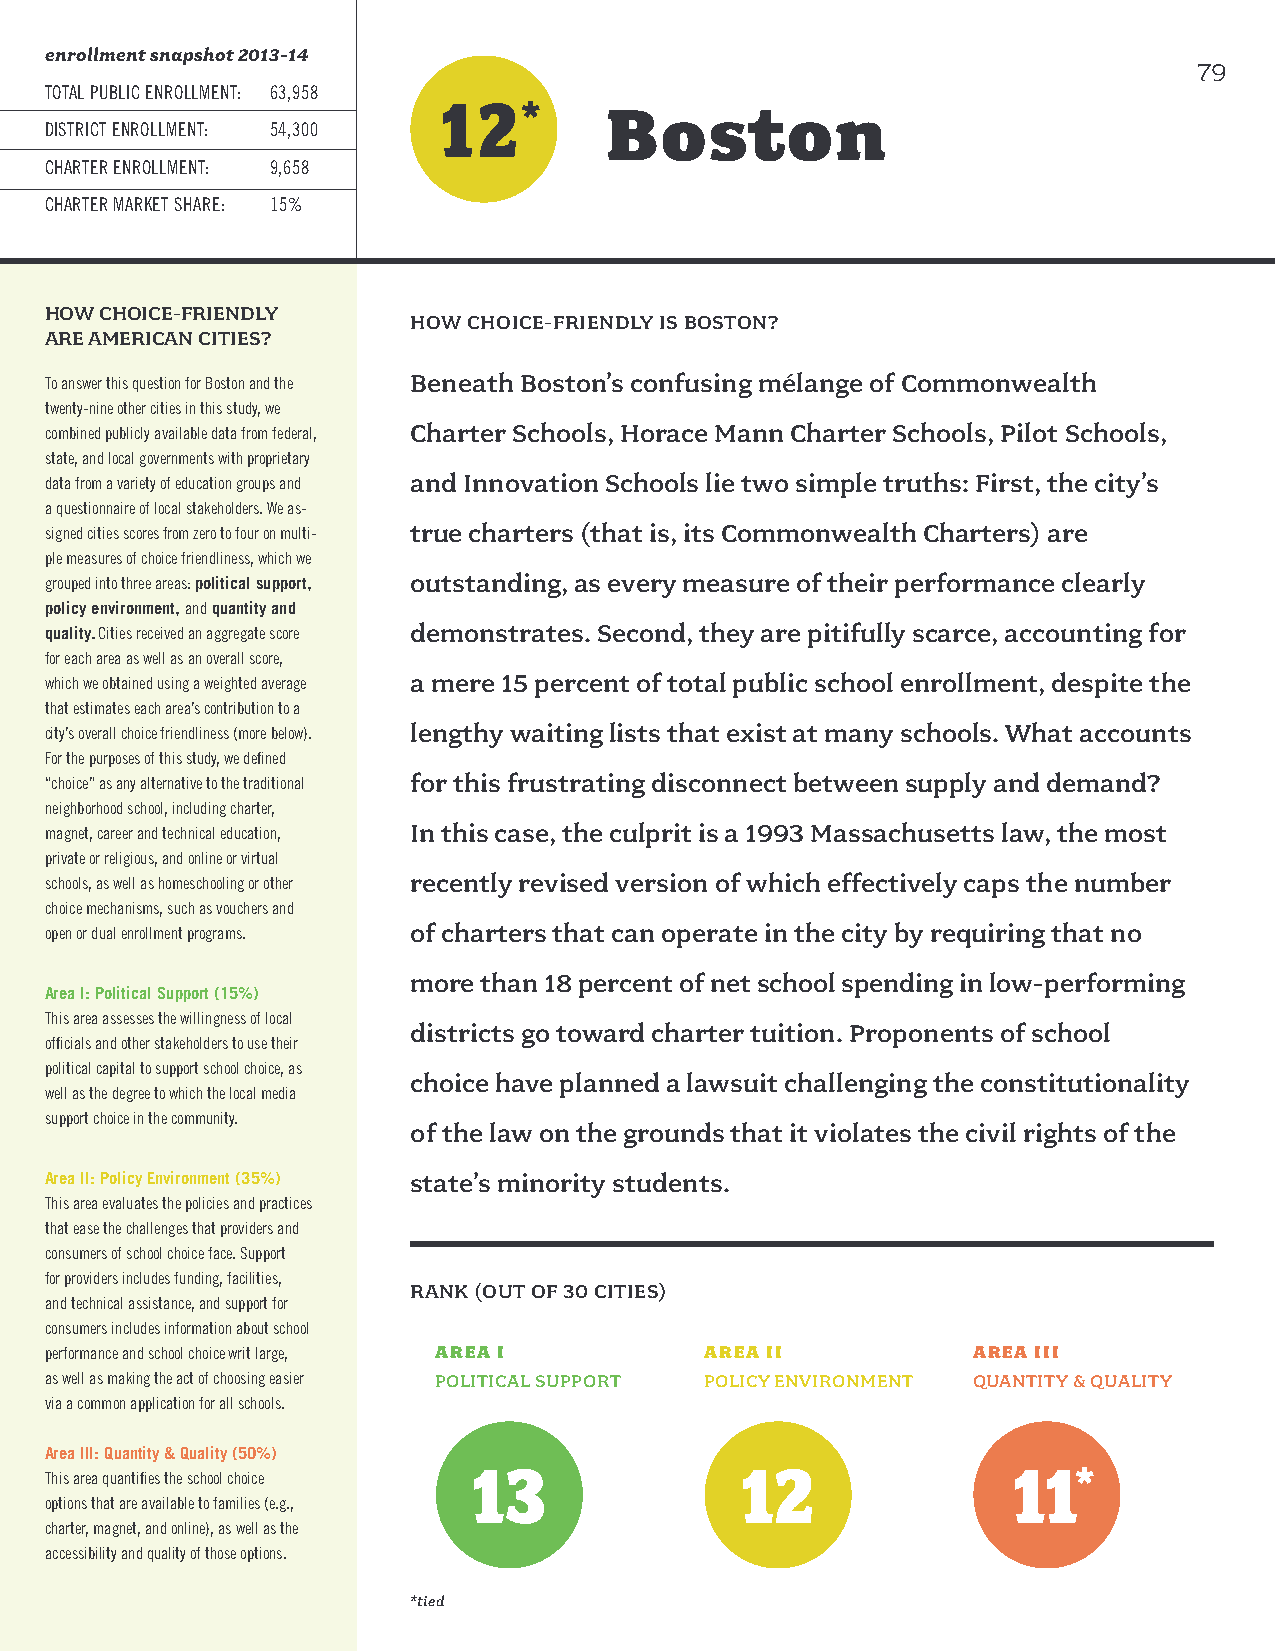
enrollment snapshot 2013-14
 79
 TOTAL PUBLIC ENROLLMENT: 63,958
 12
 *    Boston
 DISTRICT ENROLLMENT: 54,300
 CHARTER ENROLLMENT: 9,658
 CHARTER MARKET SHARE: 15%
 HOW CHOICE-FRIENDLY
 HOW CHOICE-FRIENDLY IS BOSTON?
 ARE AMERICAN CITIES?
 To answer this question for Boston and the Beneath Boston’s confusing mélange of Commonwealth
 twenty-nine other cities in this study, we
 combined publicly available data from federal, Charter Schools, Horace Mann Charter Schools, Pilot Schools,
 state, and local governments with proprietary
 data from a variety of education groups and and Innovation Schools lie two simple truths: First, the city’s
 a questionnaire of local stakeholders. We as-
 signed cities scores from zero to four on multi- true charters (that is, its Commonwealth Charters) are
 ple measures of choice friendliness, which we
 grouped into three areas: political support, outstanding, as every measure of their performance clearly
 policy environment, and quantity and
 quality. Cities received an aggregate score demonstrates. Second, they are pitifully scarce, accounting for
 for each area as well as an overall score,
 which we obtained using a weighted average a mere 15 percent of total public school enrollment, despite the
 that estimates each area’s contribution to a
 city’s overall choice friendliness (more below). lengthy waiting lists that exist at many schools. What accounts
 For the purposes of this study, we defined
 “choice” as any alternative to the traditional for this frustrating disconnect between supply and demand?
 neighborhood school, including charter,
 magnet, career and technical education, In this case, the culprit is a 1993 Massachusetts law, the most
 private or religious, and online or virtual
 schools, as well as homeschooling or other recently revised version of which effectively caps the number
 choice mechanisms, such as vouchers and
 open or dual enrollment programs. of charters that can operate in the city by requiring that no
 more than 18 percent of net school spending in low-performing
 Area I: Political Support (15%)
 This area assesses the willingness of local
 districts go toward charter tuition. Proponents of school
 officials and other stakeholders to use their
 political capital to support school choice, as
 choice have planned a lawsuit challenging the constitutionality
 well as the degree to which the local media
 support choice in the community.
 of the law on the grounds that it violates the civil rights of the
 Area II: Policy Environment (35%) state’s minority students.
 This area evaluates the policies and practices
 that ease the challenges that providers and
 consumers of school choice face. Support
 for providers includes funding, facilities,
 RANK (OUT OF 30 CITIES)
 and technical assistance, and support for
 consumers includes information about school
 performance and school choice writ large, AREA I AREA II     AREA III
 as well as making the act of choosing easier POLITICAL SUPPORT POLICY ENVIRONMENT QUANTITY & QUALITY
 via a common application for all schools.
 Area III: Quantity & Quality (50%)
 13                12                11
 This area quantifies the school choice                              *
 options that are available to families (e.g.,
 charter, magnet, and online), as well as the
 accessibility and quality of those options.
 *tied